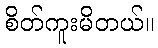
စိတ်ကူးမိတယ်။